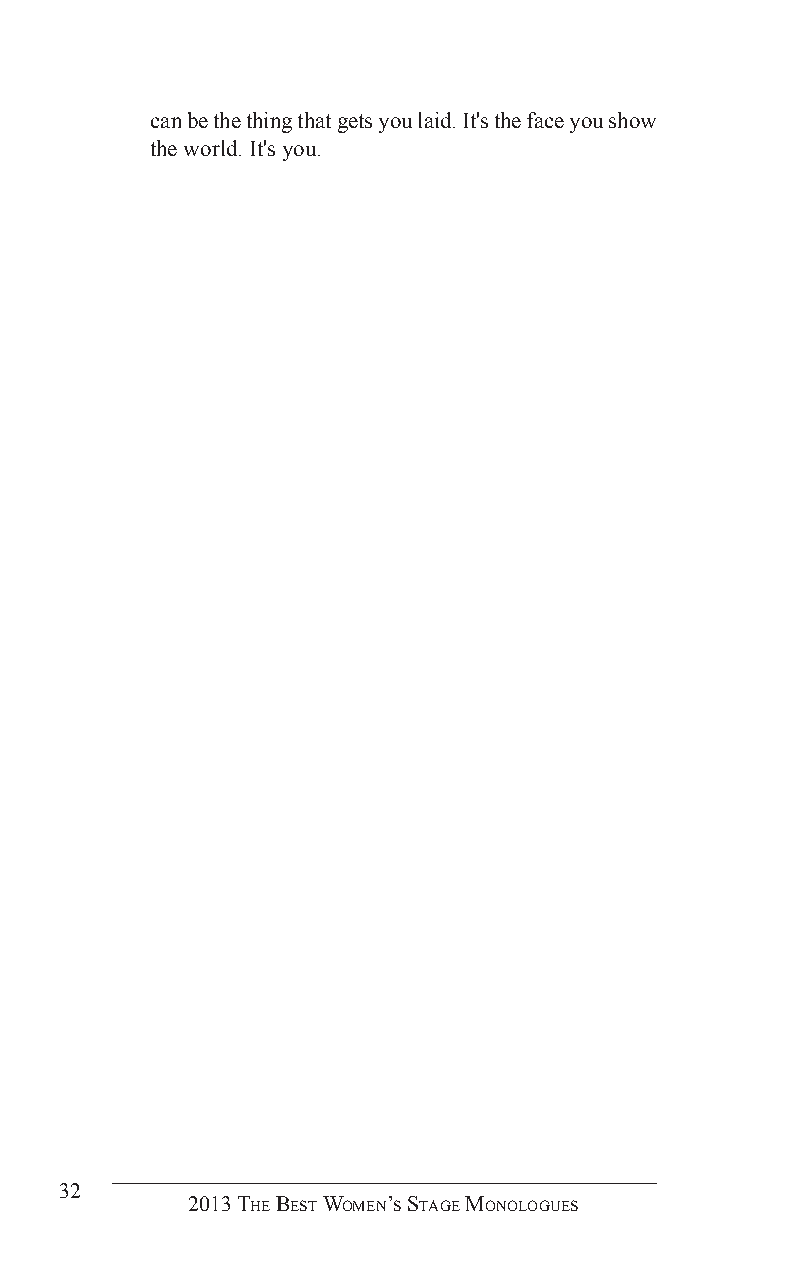
can be the thing that gets you laid. It's the face you show
 the world. It's you.
 32
 2013 The BesT Women’s sTage monologues